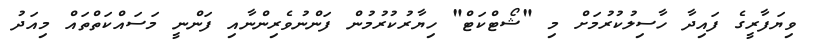
ވިޔަފާރީގެ ފައިދާ ހާސިލުކުރުމަށް މި "ޝޯޓްކަޓް" ހިޔާރުކުރުމުން ފަންނުވެރިންނާއި ފަންނީ މަސައްކަތްތައް މިއަދު